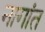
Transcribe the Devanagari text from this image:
नागांत